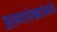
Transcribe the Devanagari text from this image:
अल्पसंख्यांकांचे